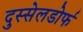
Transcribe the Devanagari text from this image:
दुस्सेलडोर्फ